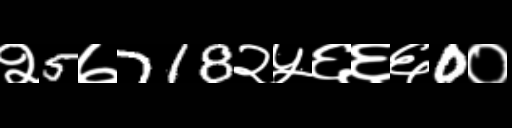
Text: २5७718२५६६६0०